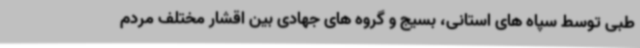
طبی توسط سپاه های استانی، بسیج و گروه های جهادی بین اقشار مختلف مردم